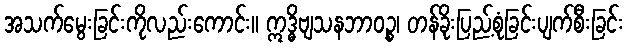
အသက်မွေးခြင်းကိုလည်းကောင်း။ ဣဒ္ဓိဗျသနဘာဝဉ္စ၊ တန်ခိုးပြည့်စုံခြင်းပျက်စီးခြင်း